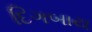
દિગબાય